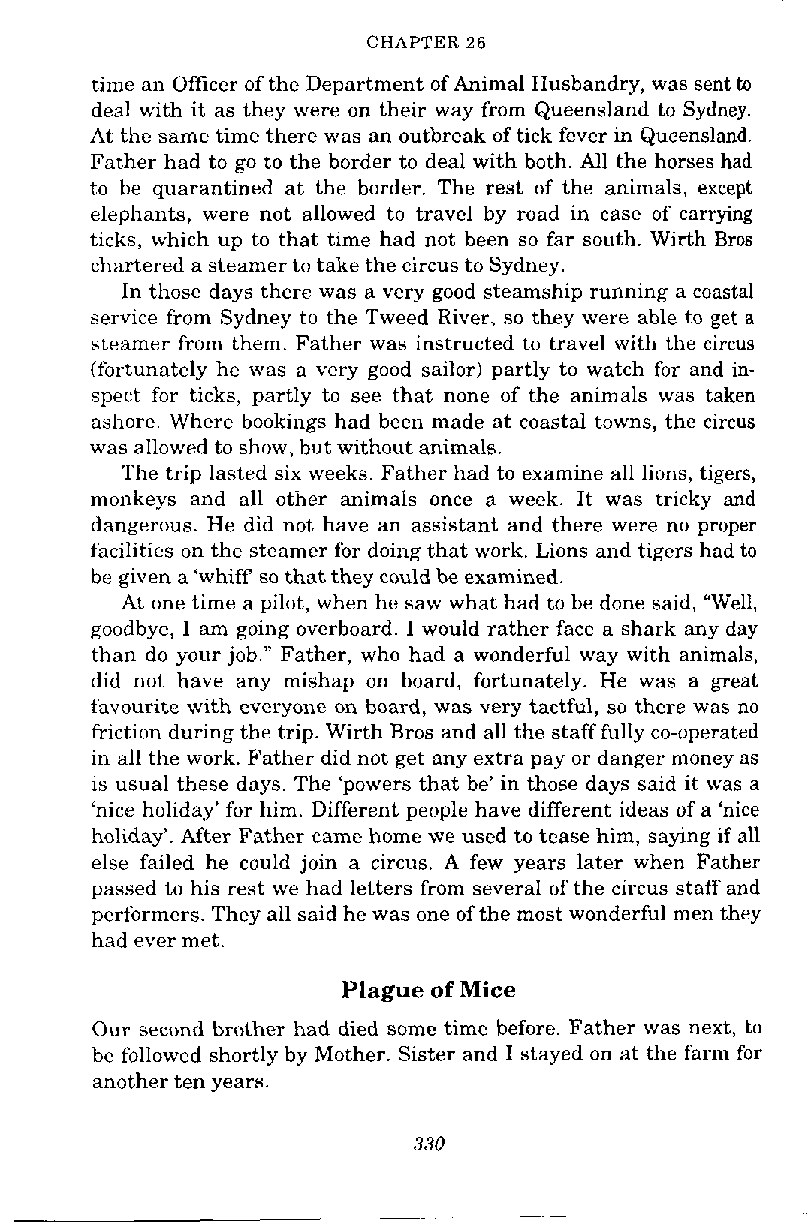
CHAPTER 26
 time an Officer of the Department of Animal Husbandry, was sent to
 deal with it as they were on their way from Queensland to Sydney.
 At the same time there was an outbreak of tick fever in Queensland.
 Father had to go to the border to deal with both. All the horses had
 to be quarantined at the border. The rest of the animals, except
 elephants, were not allowed to travel by road in case of carrying
 ticks, which up to that time had not been so far south. Wirth Bros
 chartered a steamer to take the circus to Sydney.
 In those days there was a very good steamship running a coastal
 service from Sydney to the Tweed River, so they were able to get a
 steamer from them. Father was instructed to travel with the circus
 (fortunately he was a very good sailor) partly to watch for and in-
 spect for ticks, partly to see that none of the animals was taken
 ashore. Where bookings had been made at coastal towns, the circus
 was allowed to show, but without animals.
 The trip lasted six weeks. Father had to examine all lions, tigers,
 monkeys and all other animals once a week. It was tricky and
 dangerous. He did not have an assistant and there were no proper
 facilities on the steamer for doing that work. Lions and tigers had to
 be given a 'whiff so that they could be examined.
 At one time a pilot, when he saw what had to be done said, "Well,
 goodbye, I am going overboard. I would rather face a shark any day
 than do your job." Father, who had a wonderful way with animals,
 did not have any mishap on board, fortunately. He was a great
 favourite with everyone on board, was very tactful, so there was no
 friction during the trip. Wirth Bros and all the staff fully co-operated
 in all the work. Father did not get any extra pay or danger money as
 is usual these days. The 'powers that be' in those days said it was a
 'nice holiday' for him. Different people have different ideas of a 'nice
 holiday'. After Father came home we used to tease him, saying if all
 else failed he could join a circus. A few years later when Father
 passed to his rest we had letters from several of the circus staff and
 performers. They all said he was one of the most wonderful men they
 had ever met.
 Plague of Mice
 Our second brother had died some time before. Father was next, to
 be followed shortly by Mother. Sister and I stayed on at the farm for
 another ten years.